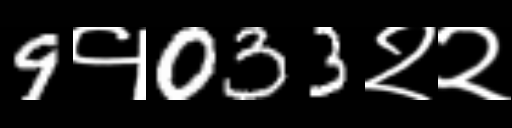
Text: 9१033२२